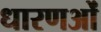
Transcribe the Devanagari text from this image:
धारणओं